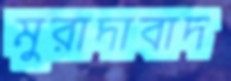
মুরাদাবাদ